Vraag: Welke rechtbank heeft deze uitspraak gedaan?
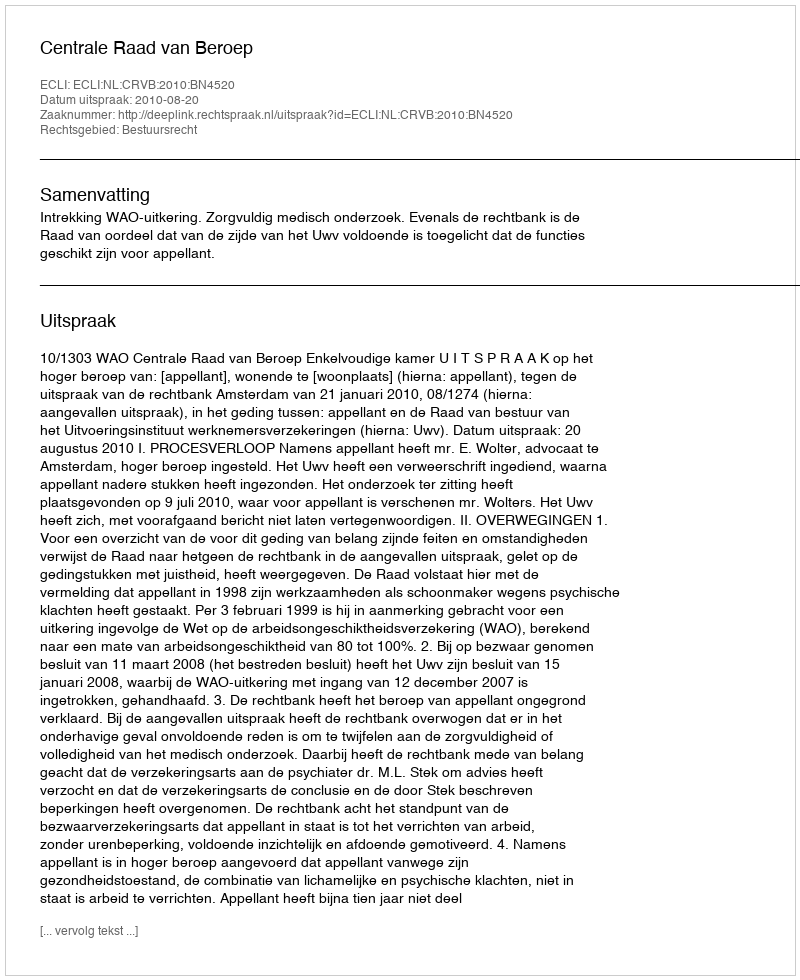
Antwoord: Centrale Raad van Beroep